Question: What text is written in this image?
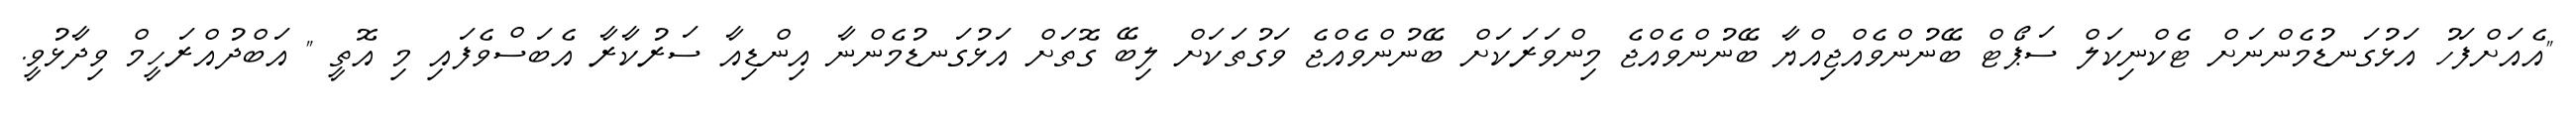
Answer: "އެއަށްފަހު އަޅުގަނޑުމެންނަށް ޓެކްނިކަލް ސަޕޯޓް ބޭނުންވެއްޖިއްޔާ ބޭނުންވެއްޖެ މިންވަރަކަށް ބޭނުންވެއްޖެ ވަގުތަކަށް ލިބޭ ގޮތަށް އަޅުގަނޑުމެންނާ އިންޑިއާ ސަރުކާރާ އެބަސްވެފައި މި އޮތީ " އަބްދުއްރަހީމް ވިދާޅުވީ.